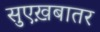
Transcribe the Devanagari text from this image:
सुएख़बातर